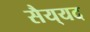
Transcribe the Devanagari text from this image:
सैय्‌यद